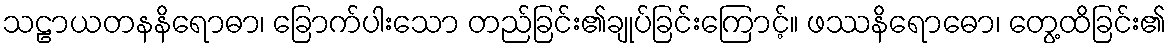
သဠာယတနနိရောဓာ၊ ခြောက်ပါးသော တည်ခြင်း၏ချုပ်ခြင်းကြောင့်။ ဖဿနိရောဓော၊ တွေ့ထိခြင်း၏